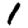
Digit: 1